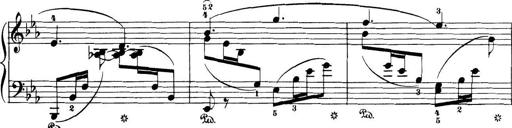
Title: 32 Sonatinas and Rondos for the Piano
Composer: Richard Kleinmichel